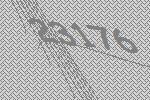
23176